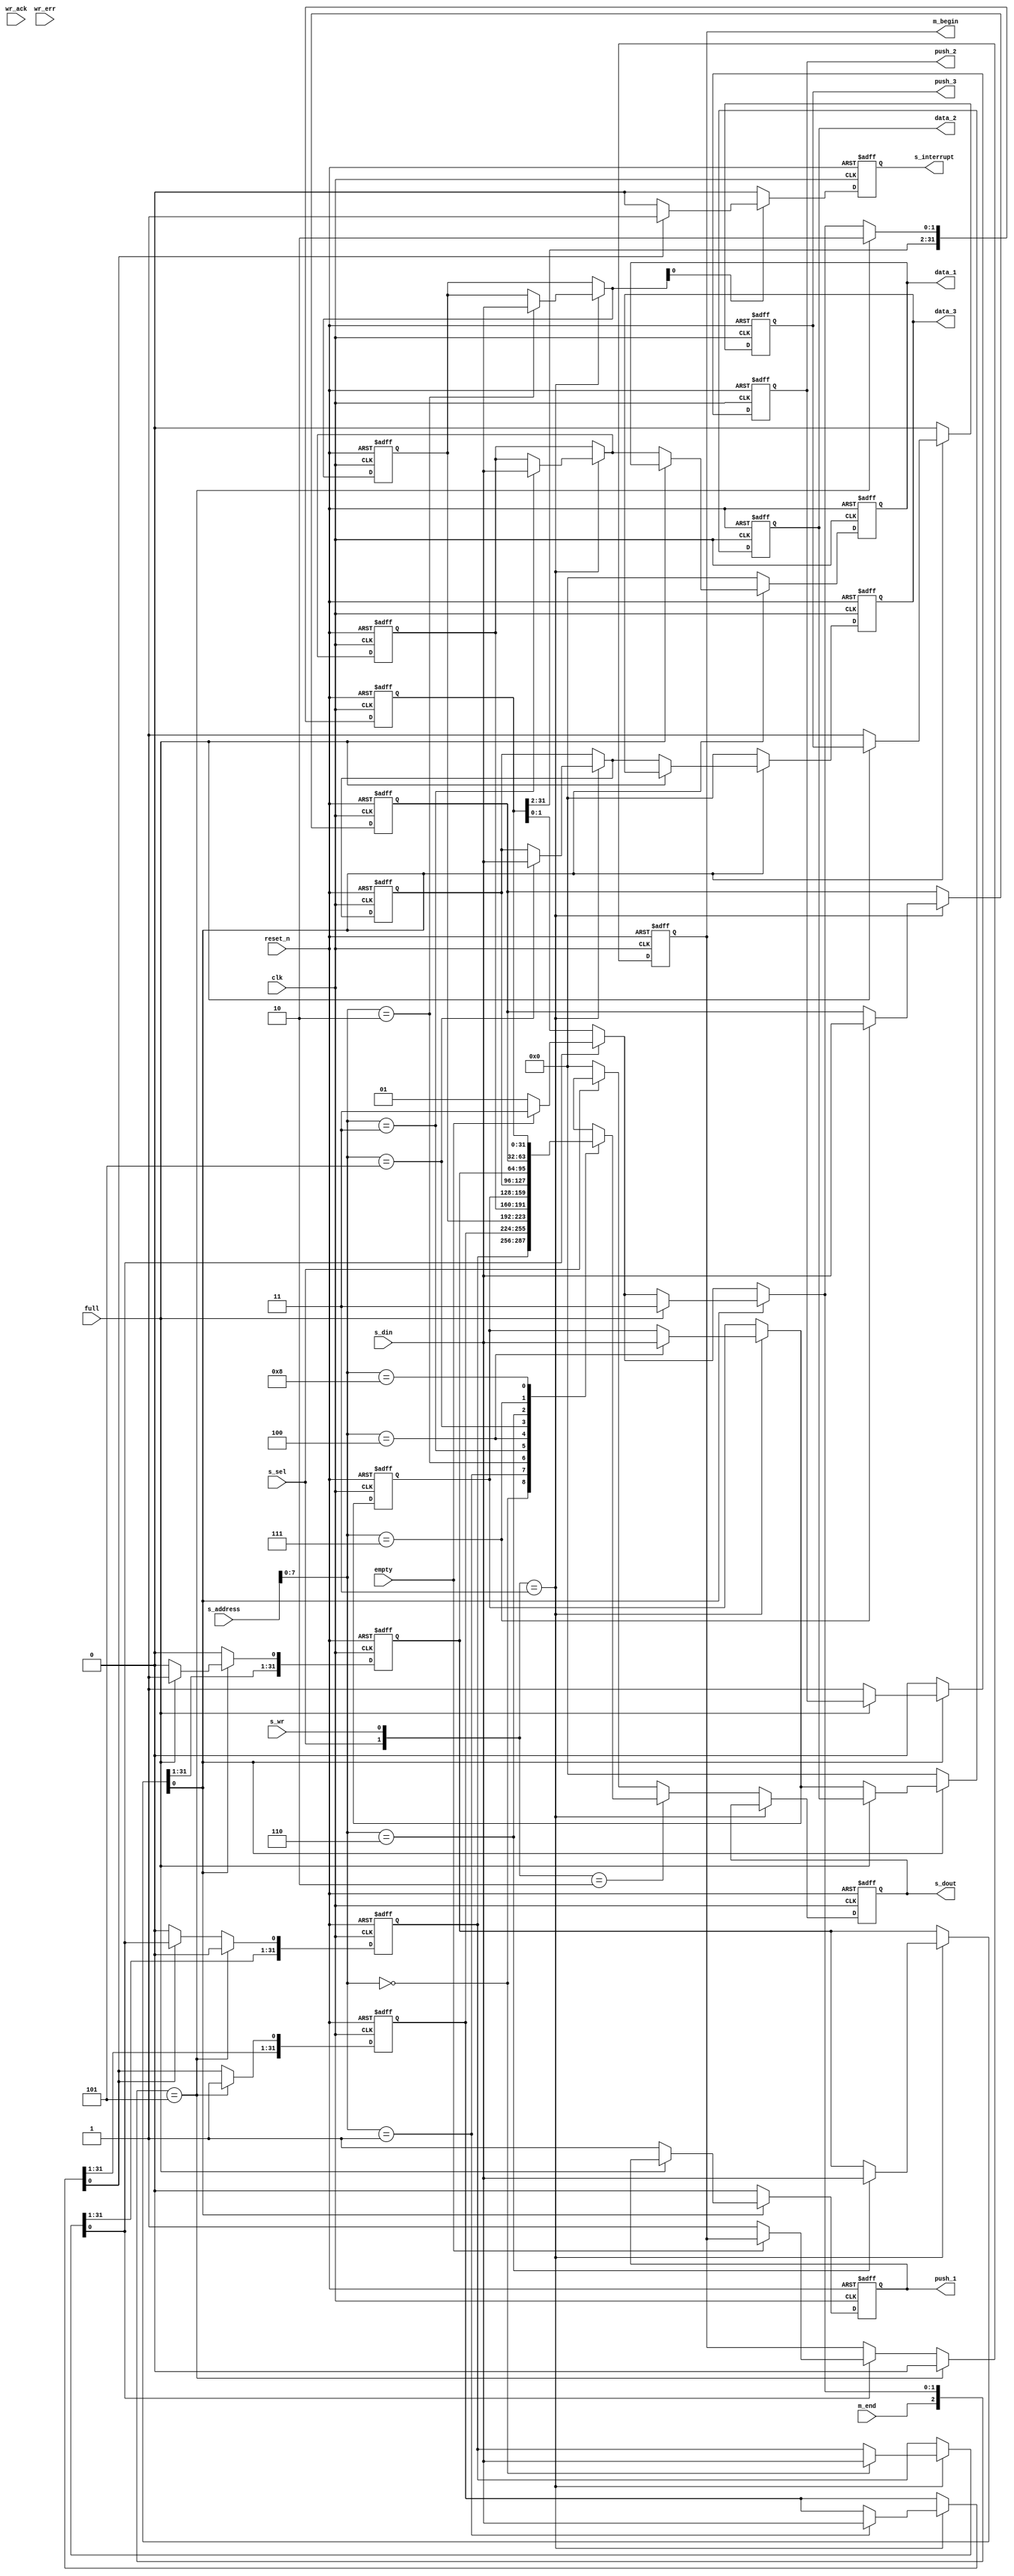
module DMAC_slave(clk, reset_n, s_sel, s_wr, s_address, s_din, m_end, empty, full, wr_ack, wr_err, s_dout, s_interrupt, m_begin, push_1, push_2, push_3, data_1, data_2, data_3);
	input clk, reset_n;
	input s_sel, s_wr;
	input[15:0] s_address;
	input[31:0] s_din;
	input m_end;
	
	input empty, full;
	input wr_ack, wr_err;
	
	output reg[31:0] s_dout;
	output reg s_interrupt;
	
	output reg m_begin;
	
	output reg push_1, push_2, push_3;
	output reg[31:0] data_1, data_2, data_3;

	reg[1:0] write_status;
	parameter before_write = 2'b00;
	parameter writting = 2'b01;
	parameter after_write = 2'b10;

	reg[31:0] OPERATION_START; //OPERATION_START
	reg[31:0] INTERRUPT; //INTERRUPT
	reg[31:0] INTERRUPT_ENABLE; //INTERRUPT_ENABLE
	reg[31:0] SOURCE_ADDRESS; //SOURCE_ADDRESS
	reg[31:0] DESTINATION_ADDRESS; //DESTINATION_ADDRESS
	reg[31:0] DATA_SIZE; //DATA_SIZE
	//reg[31:0] DESCRIPTOR_SIZE; //DESCRIPTOR_SIZE
	reg[31:0] DESCRIPTOR_PUSH; //DESCRIPTOR_PUSH
	reg[31:0] OPERATION_MODE; //OPERATION_MODE
	reg[31:0] DMA_STATUS; //DMA_STATUS
	parameter Waiting = 2'b00;
	parameter Executing = 2'b01;
	parameter Done = 2'b10;
	parameter Fault = 2'b11;

	always @ (posedge clk or negedge reset_n)
		begin
			if (reset_n == 1'b0)
				begin
					OPERATION_START = 32'h0000_0000; //OPERATION_START
					INTERRUPT = 32'h0000_0000; //INTERRUPT
					INTERRUPT_ENABLE = 32'h0000_0000; //INTERRUPT_ENABLE
					SOURCE_ADDRESS = 32'h0000_0000; //SOURCE_ADDRESS
					DESTINATION_ADDRESS = 32'h0000_0000; //DESTINATION_ADDRESS
					DATA_SIZE = 32'h0000_0000; //DATA_SIZE
					//DESCRIPTOR_SIZE = 32'h0000_0000; //DESCRIPTOR_SIZE
					DESCRIPTOR_PUSH = 32'h0000_0000; //DESCRIPTOR_PUSH
					OPERATION_MODE = 32'h0000_0000; //OPERATION_MODE
					DMA_STATUS = 32'h0000_0000; //DMA_STATUS
					s_dout = 32'h0000_0000;
					s_interrupt = 1'b0;
					m_begin = 1'b0;
					push_1 = 1'b0; push_2 = 1'b0; push_3 = 1'b0;
					data_1 = 32'h0000_0000; data_2 = 32'h0000_0000; data_3 = 32'h0000_0000;
					write_status = before_write;
				end
				
			else if (clk == 1'b1)
				begin
					if ({s_sel,s_wr} == 2'b11) //write
						begin
							case (s_address[7:0])
								(8'b0000_0000) : OPERATION_START = s_din;
								(8'b0000_0001) : INTERRUPT = s_din;
								(8'b0000_0010) : INTERRUPT_ENABLE = s_din;
								(8'b0000_0011) : SOURCE_ADDRESS = s_din;
								(8'b0000_0100) : DESTINATION_ADDRESS = s_din;
								(8'b0000_0101) : DATA_SIZE = s_din;
								(8'b0000_0110) : DESCRIPTOR_PUSH = s_din;
								(8'b0000_0111) : OPERATION_MODE = s_din;
								//(8'b0000_1000) : DMA_STATUS = s_din;//(DMA_STATUS) 1001 is read only
								default : ;
							endcase
						end
					else if ({s_sel,s_wr} == 2'b10) //read
						begin
							case (s_address[7:0])
								(8'b0000_0000) : s_dout = OPERATION_START;
								(8'b0000_0001) : s_dout = INTERRUPT;
								(8'b0000_0010) : s_dout = INTERRUPT_ENABLE;
								(8'b0000_0011) : s_dout = SOURCE_ADDRESS;
								(8'b0000_0100) : s_dout = DESTINATION_ADDRESS;
								(8'b0000_0101) : s_dout = DATA_SIZE;
								(8'b0000_0110) : s_dout = DESCRIPTOR_PUSH;
								(8'b0000_0111) : s_dout = OPERATION_MODE;
								(8'b0000_1000) : s_dout = DMA_STATUS;
								default : s_dout = 32'hxxxx_xxxx;
							endcase 
						end
					else if (s_sel == 1'b0)
						begin
							s_dout = 32'h0000_0000; //meaningless output
						end
					else
						begin
							s_dout = 32'hxxxx_xxxx; //error
						end
						
					if(OPERATION_START[0] == 1'b1) //check OPERATION_START
						begin
							if(empty == 1'b1) //fifo empty (error)
								begin
									DMA_STATUS[1:0] = 2'b11;
								end
							else if(empty == 1'b0)
								begin
									m_begin = 1'b1; //send begin signal to master
									DMA_STATUS[1:0] = 2'b01; //master is Executing
								end
							else //when fifo is error
								begin
									DMA_STATUS[1:0] = 2'bxx;
								end
						end
						
					if(INTERRUPT_ENABLE[0] == 1'b1) //check INTERRUPT_ENABLE
						begin
							if(INTERRUPT[0] == 1'b1)
								begin
									s_interrupt = 1'b1; //interrupt and abled
								end
							else if(INTERRUPT[0] == 1'b0) //check INTERRUPT
								begin
									s_interrupt = 1'b0;
									OPERATION_START[0] = 1'b0;
								end 
						end	
					else if(INTERRUPT_ENABLE[0] == 1'b0)
						begin
							if(INTERRUPT[0] == 1'b1)
								begin
									s_interrupt = 1'b0; //interrupt but disabled
								end
							else if(INTERRUPT[0] == 1'b0) //check INTERRUPT
								begin
									s_interrupt = 1'b0;
									OPERATION_START[0] = 1'b0;
								end 
						end
					else //When INTERRUPT_ENABLE is error
						begin
							s_interrupt = 1'bx;
						end
					
					if(DESCRIPTOR_PUSH[0] == 1'b0) //check DESCRIPTOR_PUSH
						begin
							push_1 = 1'b0;
							data_1 = 32'h0000_0000;
							push_2 = 1'b0;
							data_2 = 32'h0000_0000;
							push_3 = 1'b0;
							data_3 = 32'h0000_0000;
							DESCRIPTOR_PUSH[0] = 1'b0;
							write_status = before_write; //not write to fifo
						end 
					else if(DESCRIPTOR_PUSH[0] == 1'b1) //push to fifo
						begin
							if(full == 1'b1) //fifo full (error)
								begin
									DMA_STATUS[1:0] = 2'b11;
								end
							else if(full == 1'b0) //fifo not full
								begin
									push_1 = 1'b1;
									data_1 = SOURCE_ADDRESS;
									push_2 = 1'b1;
									data_2 = DESTINATION_ADDRESS;
									push_3 = 1'b1;
									data_3 = DATA_SIZE;
									DESCRIPTOR_PUSH[0] = 1'b0;
									write_status = writting; //now writing to fifo
								end
							else //when fifo is error
								begin
									DMA_STATUS[1:0] = 2'bxx;
								end
						end
					else //when DESCRIPTOR_PUSH is error
						begin
							push_1 = 1'bx;
							data_1 = 32'hxxxx_xxxx;
							push_2 = 1'bx;
							data_2 = 32'hxxxx_xxxx;
							push_3 = 1'bx;
							data_3 = 32'hxxxx_xxxx;
							DESCRIPTOR_PUSH[0] = 1'bx;
						end
						
					if(write_status == writting) //when write to fifo
						begin
							if(wr_ack == 1'b1)
							write_status = before_write; //write to fifo is done
						end
							
					if({m_end, DMA_STATUS[1:0]} == 3'b1_01) //when receive end signal from master
						begin
							m_begin = 1'b0;
							INTERRUPT[0] = 1'b1;
							OPERATION_START[0] = 1'b0;
							DMA_STATUS[1:0] = 2'b10; //master is Done
						end	
				end
		end
endmodule